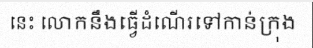
នេះ លោកនឹងធ្វើដំណើរទៅកាន់ក្រុង